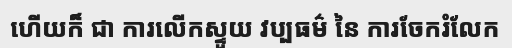
ហើយក៏ ជា ការលើកស្ទួយ វប្បធម៌ នៃ ការចែករំលែក